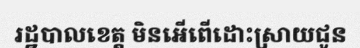
រដ្ឋបាលខេត្ត មិនអើពើដោះស្រាយជូន